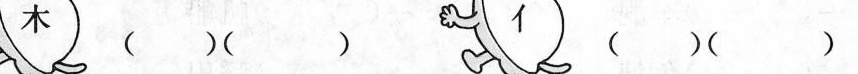
木 ( )( )